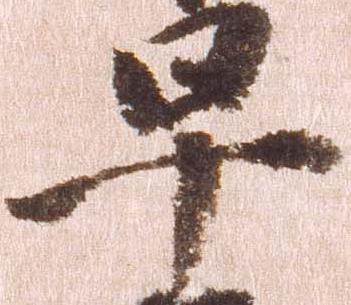
早